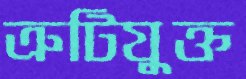
ত্রুটিযুক্ত